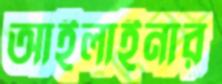
আইলাইনার